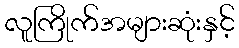
လူကြိုက်အများဆုံးနှင့်